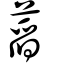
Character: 蓞